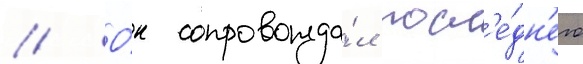
// О́н сопровожда́л посл'е́дн'его